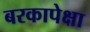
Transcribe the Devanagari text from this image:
बरकापेक्षा